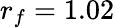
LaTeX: r_{f}=1.02